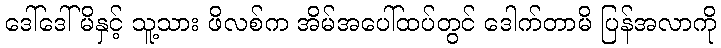
ဒေါ်ဒေါ်မိနှင့် သူ့သား ဖိလစ်က အိမ်အပေါ်ထပ်တွင် ဒေါက်တာမိ ပြန်အလာကို